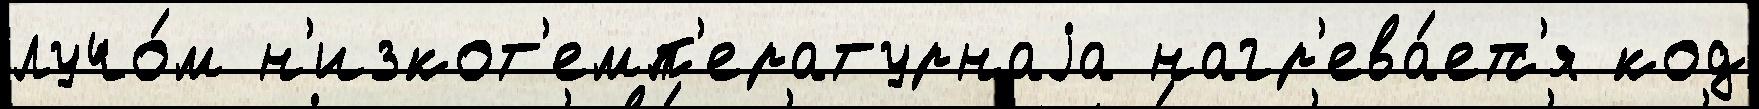
лучо́м н'изкот'емп'ературнаjа нагр'ева́етс'я код